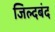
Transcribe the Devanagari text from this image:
जिल्दबंद